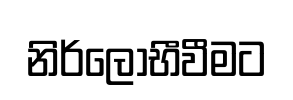
නිර්ලෝභීවීමට